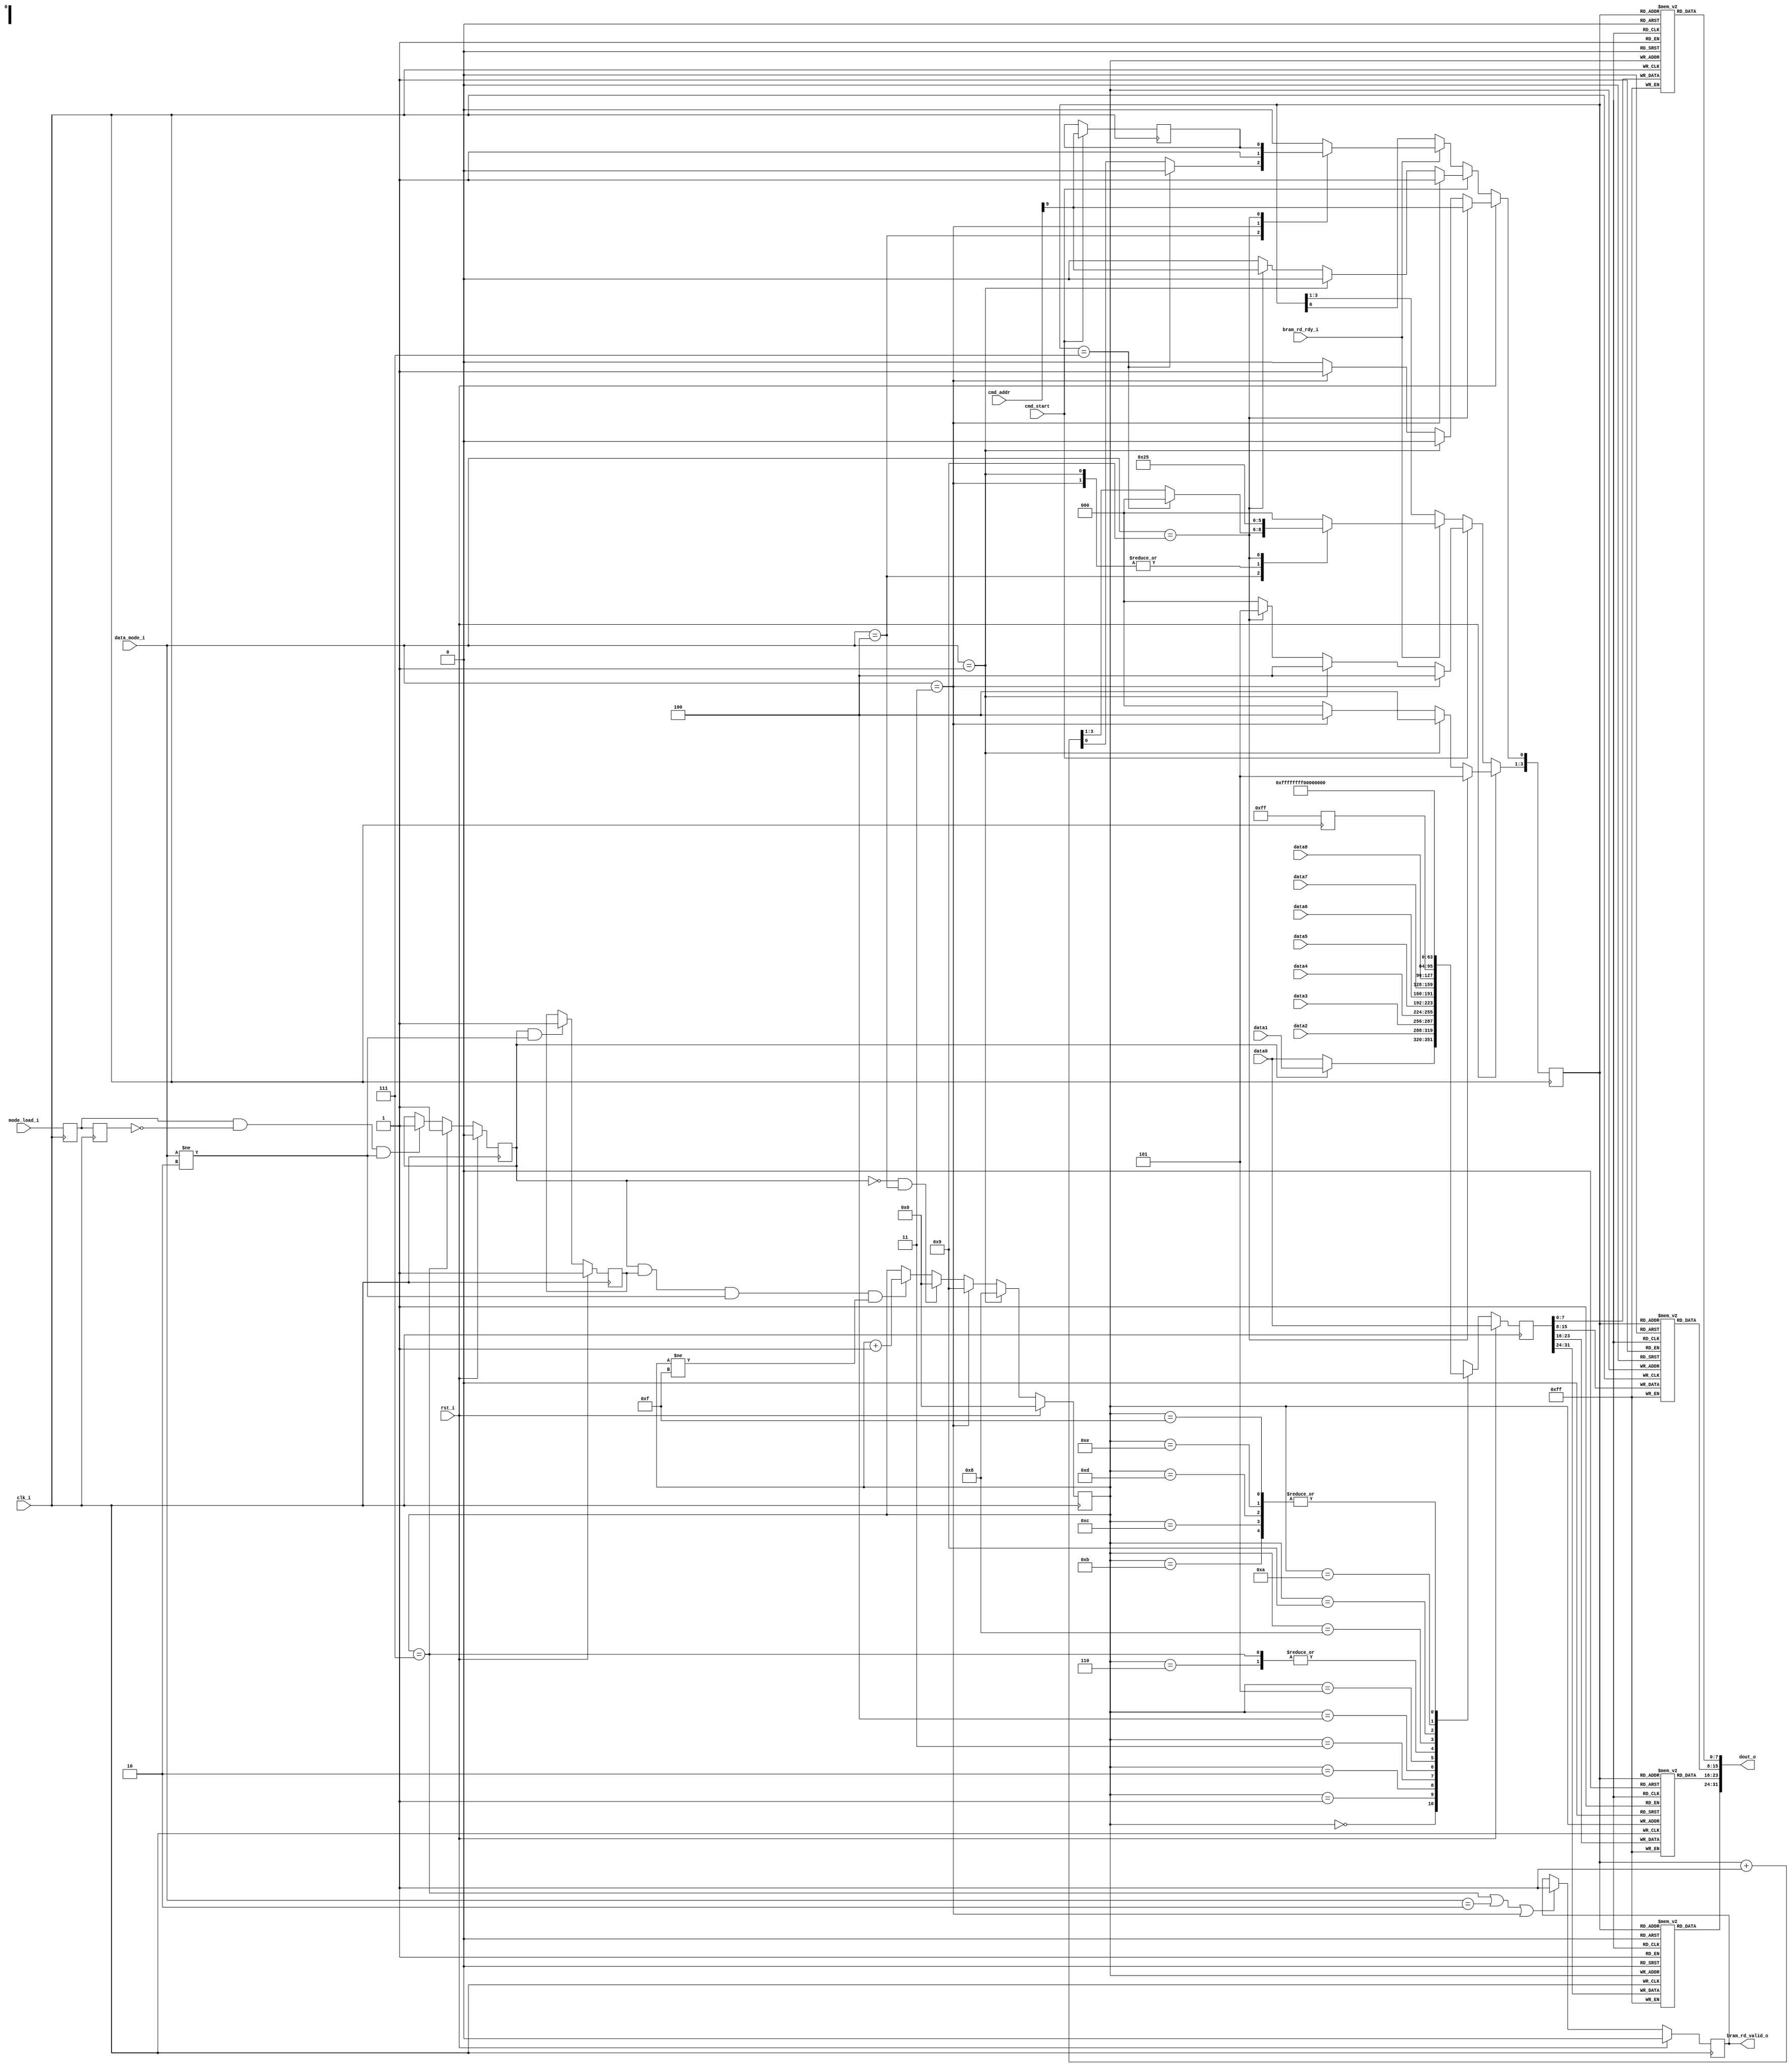
//*****************************************************************************
// (c) Copyright 2008-2010 Xilinx, Inc. All rights reserved.
//
// This file contains confidential and proprietary information
// of Xilinx, Inc. and is protected under U.S. and
// international copyright and other intellectual property
// laws.
//
// DISCLAIMER
// This disclaimer is not a license and does not grant any
// rights to the materials distributed herewith. Except as
// otherwise provided in a valid license issued to you by
// Xilinx, and to the maximum extent permitted by applicable
// law: (1) THESE MATERIALS ARE MADE AVAILABLE "AS IS" AND
// WITH ALL FAULTS, AND XILINX HEREBY DISCLAIMS ALL WARRANTIES
// AND CONDITIONS, EXPRESS, IMPLIED, OR STATUTORY, INCLUDING
// BUT NOT LIMITED TO WARRANTIES OF MERCHANTABILITY, NON-
// INFRINGEMENT, OR FITNESS FOR ANY PARTICULAR PURPOSE; and
// (2) Xilinx shall not be liable (whether in contract or tort,
// including negligence, or under any other theory of
// liability) for any loss or damage of any kind or nature
// related to, arising under or in connection with these
// materials, including for any direct, or any indirect,
// special, incidental, or consequential loss or damage
// (including loss of data, profits, goodwill, or any type of
// loss or damage suffered as a result of any action brought
// by a third party) even if such damage or loss was
// reasonably foreseeable or Xilinx had been advised of the
// possibility of the same.
//
// CRITICAL APPLICATIONS
// Xilinx products are not designed or intended to be fail-
// safe, or for use in any application requiring fail-safe
// performance, such as life-support or safety devices or
// systems, Class III medical devices, nuclear facilities,
// applications related to the deployment of airbags, or any
// other applications that could lead to death, personal
// injury, or severe property or environmental damage
// (individually and collectively, "Critical
// Applications"). Customer assumes the sole risk and
// liability of any use of Xilinx products in Critical
// Applications, subject only to applicable laws and
// regulations governing limitations on product liability.
//
// THIS COPYRIGHT NOTICE AND DISCLAIMER MUST BE RETAINED AS
// PART OF THIS FILE AT ALL TIMES.
//
//*****************************************************************************
//   ____  ____
//  /   /\/   /
// /___/  \  /    Vendor: Xilinx
// \   \   \/     Version: %version
//  \   \         Application: MIG
//  /   /         Filename: tb_cmd_gen.v
// /___/   /\     Date Last Modified: $Date: 2011/06/02 08:37:25 $
// \   \  /  \    Date Created: Fri Sep 01 2006
//  \___\/\___\
//
//Device: Fuji
//Design Name: vio_init_pattern_bram
//Purpose: This moduel takes external defined data inputs as its bram init pattern.
//         It allows users to change simple test data pattern withoug recompilation.
//Revision History:
//*****************************************************************************

`timescale 1ps/1ps
`ifndef TCQ
 `define TCQ 100
`endif
module mig_7series_v4_2_vio_init_pattern_bram #
  ( 
    parameter TCQ             = 100,
    parameter START_ADDR      = 32'h00000000,
    parameter MEM_BURST_LEN   = 8,
    parameter ADDR_WIDTH      = 4,
    parameter DEPTH           = 16,
    parameter NUM_DQ_PINS     = 8,
    parameter SEL_VICTIM_LINE = NUM_DQ_PINS // possible value : 0 to NUM_DQ_PINS
    
  )
  (
   input                        clk_i,
   input                        rst_i,   
   input                        cmd_start,
   input  [31:0]                cmd_addr,    //
   input                        mode_load_i, // signal to initialze internal bram
                                             // with input data1 through data9.
   input  [3:0]                 data_mode_i, // selection of data pattern.                                            
   input  [31:0]                data0, // data1 through data8 are
   input  [31:0]                data1, // used as simple traffic data
   input  [31:0]                data2, // pattern that repeats continuously
   input  [31:0]                data3,
   input  [31:0]                data4,
   input  [31:0]                data5,
   input  [31:0]                data6,
   input  [31:0]                data7,
   input  [31:0]                data8,    // used a fixed input data
  
   output reg                   bram_rd_valid_o,
   input                        bram_rd_rdy_i,
   output  [31:0]               dout_o
  );
   
  function integer logb2;
    input [31:0] number;
    integer i;
    begin
      i = number;
        for(logb2=1; i>0; logb2=logb2+1)
          i = i >> 1;
    end
  endfunction

  reg  [ADDR_WIDTH - 1:0]       wr_addr /* synthesis syn_maxfan = 8 */;
  reg  [ADDR_WIDTH - 1:0]       rd_addr /* synthesis syn_maxfan = 8 */;
  reg                           init_write;
  reg                           mode_load_r1;
  reg                           mode_load_r2;
  reg [31:0]                    data_in0;
  reg [31:0]                    data_in1;
  reg [31:0]                    data_in2;
  reg [31:0]                    data_in3;
  reg [31:0]                    data_in4;
  reg [31:0]                    data_in5;
  reg [31:0]                    data_in6;
  reg [31:0]                    data_in7;
  reg [31:0]                    data_in8;
  reg [31:0]                    data_in9;
  reg [31:0]                    data_in10;
  reg [31:0]                    data_in11;
  reg [31:0]                    data_in12;
  reg [31:0]                    data_in13;
  reg [31:0]                    data_in14;
  reg [31:0]                    data_in15;
  reg [31:0]                    hdata;
  reg [7:0]                     mem_0 [0:DEPTH - 1]; 
  reg [7:0]                     mem_1 [0:DEPTH - 1]; 
  reg [7:0]                     mem_2 [0:DEPTH - 1]; 
  reg [7:0]                     mem_3 [0:DEPTH - 1]; 
  reg [31:0]                    data_in; 
  reg                           wr_en;
  reg                           cmd_addr_r9;
  integer                       i,j,k;

  always @ (posedge clk_i)
  begin
    mode_load_r1 <= mode_load_i;
    mode_load_r2 <= mode_load_r1;
  end   

  always @ (posedge clk_i)
  begin
    if (rst_i)
      init_write <= 'b0;
    else if (wr_addr == {4'b0111})    
      init_write <= 'b1;
    else if (mode_load_r1 && ~mode_load_r2 && data_mode_i != 4'b0010)
      init_write <= 'b1;
  end

// generate a mutil_cycle control siganl to improve timing.
  always @ (posedge clk_i)
  begin
    if (rst_i)
      wr_en   <= 1'b1;
    else if (init_write && data_mode_i != 4'b0010)
      wr_en   <= 1'b1;
  end

  always @ (posedge clk_i)
  begin
   if (rst_i)
     wr_addr <= 'b0;
   else if (data_mode_i == 4'h1)
     wr_addr <= 4'b1000;
   else if (data_mode_i == 4'b0011)  
     wr_addr <= 4'b1001;
   else if (~init_write && data_mode_i == 4'b0100)  
     wr_addr <= 4'b0000;
   else if (init_write && wr_en && data_mode_i != 4'b0010 && wr_addr != 15)
     wr_addr <= wr_addr + 1'b1;
  end

// HAMMER_PATTERN_MINUS: generate walking HAMMER  data pattern except 1 bit for the whole burst. 
// The incoming addr_i[5:2] determine the position of the pin driving oppsite polarity
//  addr_i[6:2] = 5'h0f ; 32 bit data port
//                 => the rsing data pattern will be    32'b11111111_11111111_01111111_11111111
//                 => the falling data pattern will be  32'b00000000_00000000_00000000_00000000

// Only generate NUM_DQ_PINS width of hdata and will do concatenation in above level.
  always @ (posedge clk_i) 
  begin
    for (i= 0; i <= 31; i= i+1) //begin: hammer_data
      if (i >= NUM_DQ_PINS) begin
        if (SEL_VICTIM_LINE == NUM_DQ_PINS)
          hdata[i] <= 1'b0;
        else if (
             ((i == SEL_VICTIM_LINE-1) || (i-NUM_DQ_PINS) == SEL_VICTIM_LINE ||
              (i-(NUM_DQ_PINS*2)) == SEL_VICTIM_LINE || 
              (i-(NUM_DQ_PINS*3)) == SEL_VICTIM_LINE)) 
          hdata[i] <= 1'b1;
        else
          hdata[i] <= 1'b0;
      end 
      else 
        hdata[i] <= 1'b1;
  end

// content formats
// {burst length, instruction, address}
  initial begin
    mem_0[0] = {2'b00,6'h00};
    mem_1[0] = 8'h0;
    mem_2[0] = 8'h0;
    mem_3[0] = 8'h0;
    mem_0[1] = {2'b00,6'h04};
    mem_1[1] = 8'h0;
    mem_2[1] = 8'h0;
    mem_3[1] = 8'h0;
    mem_0[2] = {2'b00,6'h08};
    mem_1[2] = 8'h0;
    mem_2[2] = 8'h0;
    mem_3[2] = 8'h0;
    mem_0[3] = {2'b00,6'h0c};
    mem_1[3] = 8'h0;
    mem_2[3] = 8'h0;
    mem_3[3] = 8'h0;
    mem_0[4] = {2'b00,6'h10};
    mem_1[4] = 8'h0;
    mem_2[4] = 8'h0;
    mem_3[4] = 8'h0;
    mem_0[5] = {2'b00,6'h14};
    mem_1[5] = 8'h0;
    mem_2[5] = 8'h0;
    mem_3[5] = 8'h0;
    mem_0[6] = {2'b00,6'h18};
    mem_1[6] = 8'h0;
    mem_2[6] = 8'h0;
    mem_3[6] = 8'h0;
    mem_0[7] = {2'b00,6'h1c};
    mem_1[7] = 8'h0;
    mem_2[7] = 8'h0;
    mem_3[7] = 8'h0;
    mem_0[8] = {2'b00,6'h20};
    mem_1[8] = 8'h0;
    mem_2[8] = 8'h0;
    mem_3[8] = 8'h0;
    mem_0[9] = {2'b00,6'h24};
    mem_1[9] = 8'h0;
    mem_2[9] = 8'h0;
    mem_3[9] = 8'h0;
    mem_0[10] = 8'hff;
    mem_1[10] = 8'hff;
    mem_2[10] = 8'hff;
    mem_3[10] = 8'hff;
    mem_0[11] = 8'h0;
    mem_1[11] = 8'h0;
    mem_2[11] = 8'h0;
    mem_3[11] = 8'h0;
    mem_0[12] = {2'b00,6'h30};
    mem_1[12] = 8'h0;
    mem_2[12] = 8'h0;
    mem_3[12] = 8'h0;
    mem_0[13] = {2'b00,6'h34};
    mem_1[13] = 8'h0;
    mem_2[13] = 8'h0;
    mem_3[13] = 8'h0;
    mem_0[14] = {2'b00,6'h38};
    mem_1[14] = 8'h0;
    mem_2[14] = 8'h0;
    mem_3[14] = 8'h0;
    mem_0[15] = {2'b00,6'h3c};
    mem_1[15] = 8'h0;
    mem_2[15] = 8'h0;
    mem_3[15] = 8'h0;
  end

// address is one cycle earlier.
  always @ (posedge clk_i)
  begin
    if (rst_i)
      data_in <= #TCQ data0;
    else begin
      case(wr_addr)
        0: if (init_write)
             data_in <= #TCQ data_in1;
           else
             data_in <= #TCQ data_in0;
        1: data_in <= #TCQ data_in2;
        2: data_in <= #TCQ data_in3;
        3: data_in <= #TCQ data_in4;
        4: data_in <= #TCQ data_in5;
        5: data_in <= #TCQ data_in6;
        6: data_in <= #TCQ data_in7;
        7: data_in <= #TCQ data_in7;
        8: data_in <= #TCQ data_in8;          
        9: data_in <= #TCQ data_in9;
       10: data_in <= #TCQ data_in10;
       11: data_in <= #TCQ data_in11;
       12: data_in <= #TCQ data_in12;
       13: data_in <= #TCQ data_in13;
       14: data_in <= #TCQ data_in14;
       15: data_in <= #TCQ data_in15;
       default: data_in <= data8;
      endcase
    end
  end

  always @(posedge clk_i) begin
    mem_0[wr_addr] <= data_in[7:0];
    mem_1[wr_addr] <= data_in[15:8];
    mem_2[wr_addr] <= data_in[23:16];
    mem_3[wr_addr] <= data_in[31:24];
  end

  always @ (data_mode_i, data0,data1,data2,data3,data4,data5,data6,data7,data8,hdata)
  begin
    data_in0[31:0]  = #TCQ data0;
    data_in1[31:0]  = #TCQ data1;
    data_in2[31:0]  = #TCQ data2;
    data_in3[31:0]  = #TCQ data3;
    data_in4[31:0]  = #TCQ data4;
    data_in5[31:0]  = #TCQ data5;
    data_in6[31:0]  = #TCQ data6;
    data_in7[31:0]  = #TCQ data7;
    data_in8[31:0]  = #TCQ data8;  
    data_in9[31:0]  = #TCQ hdata;
    data_in10[31:0] =  #TCQ 32'hffffffff;
    data_in11[31:0] =  #TCQ 32'h00000000;
    data_in12[31:0] =  #TCQ 'b0;
    data_in13[31:0] =  #TCQ 'b0;
    data_in14[31:0] =  #TCQ 'b0;
    data_in15[31:0] =  #TCQ 'b0;
  end   

  always @ (posedge clk_i)
  begin
    if (cmd_start)
      cmd_addr_r9 <= cmd_addr[9];
  end

  always @ (posedge clk_i)
    if (rst_i)
      bram_rd_valid_o <= 1'b0;
    else if (wr_addr[3:0] == {ADDR_WIDTH - 1{1'b1}} || data_mode_i == 2  || data_mode_i == 3)
      bram_rd_valid_o <= 1'b1;

// rd_address generation depending on data pattern mode.   
  always @ (posedge clk_i)
  begin
    if (rst_i) begin
      if (data_mode_i == 9) begin
        rd_addr[3:1] <= #TCQ 3'b101;
        rd_addr[0] <= #TCQ cmd_addr[9];
      end
      else if (data_mode_i == 1)
        rd_addr[3:0] <= #TCQ 8;  
      else if (data_mode_i == 3)      // address as data pattern
        rd_addr <= #TCQ 9;
      else
        rd_addr <= #TCQ 0;
    end
    else if (cmd_start) begin
      if (data_mode_i == 3)
        rd_addr[3:0] <= #TCQ 9;  
      else if (data_mode_i == 1) 
        rd_addr[3:0] <= #TCQ 8;  
      else if (data_mode_i == 9) begin
        rd_addr[3:1] <= #TCQ 3'b101;
        rd_addr[0] <= #TCQ cmd_addr[9];
      end    
      else
        rd_addr[3:0] <= #TCQ 0;  
    end
    else if (bram_rd_rdy_i) begin
      case (data_mode_i)    
        4'h2: rd_addr <= #TCQ 0;
        4'h4: if (rd_addr == 7)
                rd_addr <= #TCQ 0;
              else
                rd_addr <= #TCQ rd_addr+ 1'b1;
        4'h1: rd_addr <= #TCQ 8;
        4'h3: rd_addr <= #TCQ 9;
        4'h9: begin
                rd_addr[3:1] <= #TCQ 3'b101;
                rd_addr[0] <= #TCQ cmd_addr_r9;
              end
        default: rd_addr <= #TCQ 0;
      endcase
    end  
  end

// need to  infer distributed RAM to meet output timing
// in upper level
assign dout_o = {mem_3[rd_addr],mem_2[rd_addr],mem_1[rd_addr],mem_0[rd_addr]};   //

endmodule